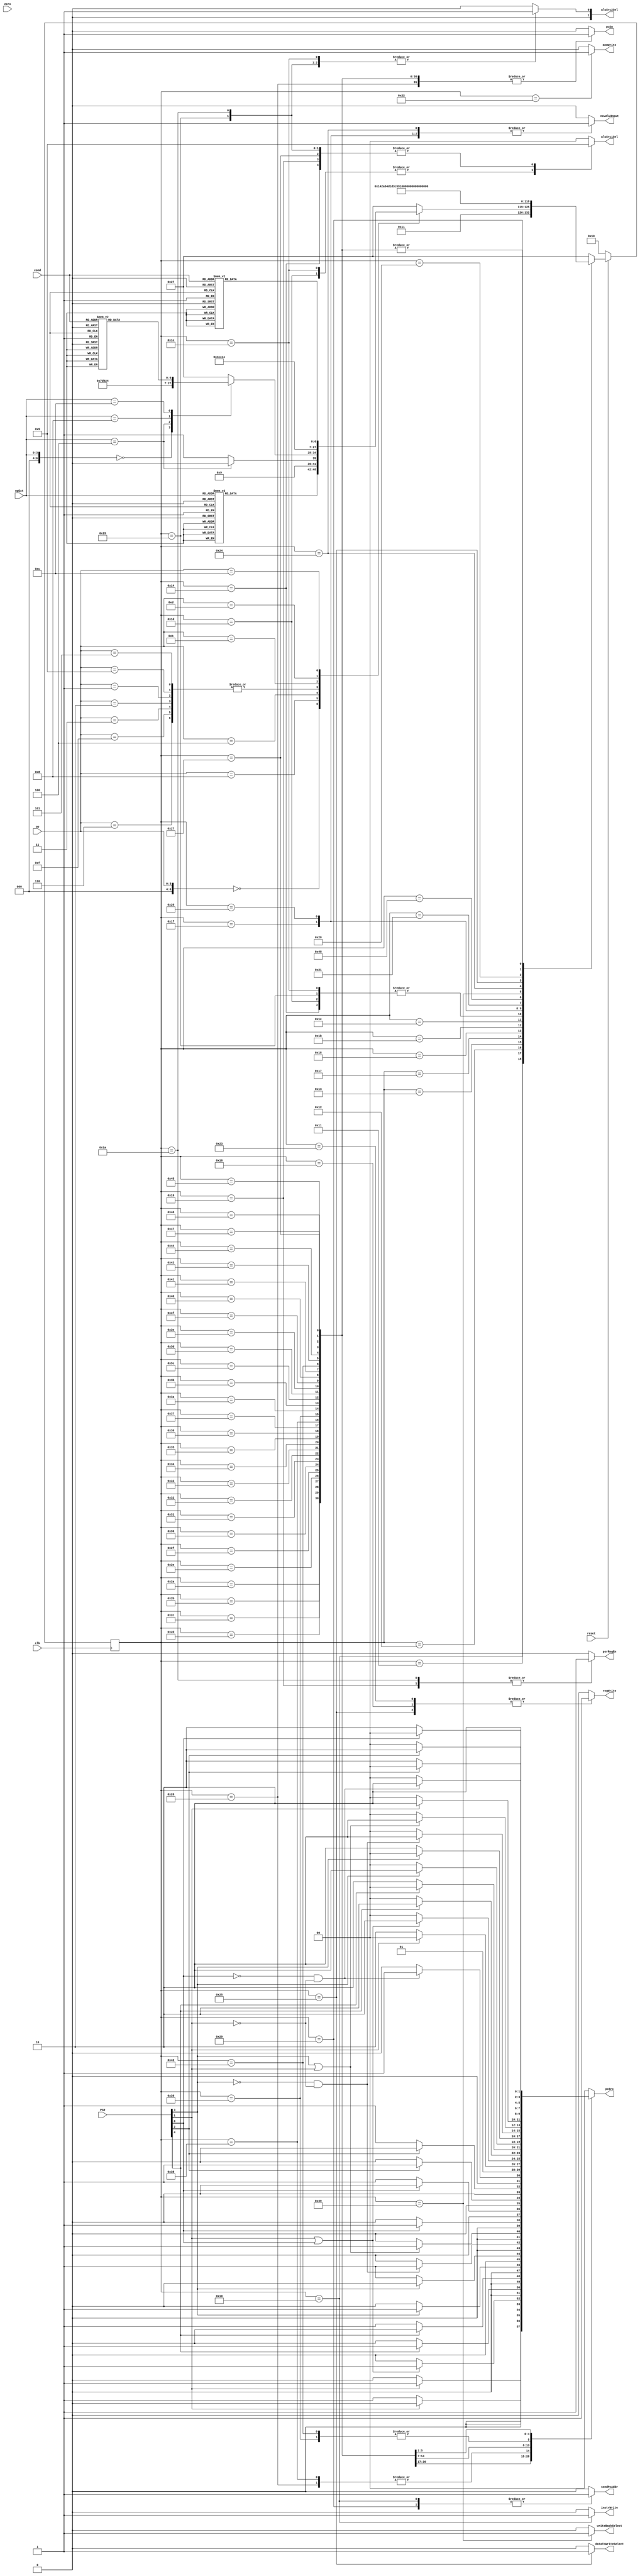
module controller (input clk, reset, zero,
                   input [3:0] op, opExt, cond,
                   input [7:0] PSR,
                   output reg memWrite, 
                   output pcEn,
                   output reg writeBackSelect, dataToWriteSelect, newAluInput, psrRegEn, sendPcAddr,
                   output reg regWrite, instrWrite,
                   output reg [1:0] aluSrc1Sel, aluSrc2Sel, pcSrc);

    // Every state that begins with a 001/010/011/100 is for internal use
    // States beginning with 00 are associated with their corresponding encodings
    // E.G. 010010 is just a random variable assigned to basic loading instructions
    // however 000010 corresponds to the ori instruction
    wire [6:0] op5Bit, opExt5Bit;
    assign op5Bit    = {3'b0,op};
    assign opExt5Bit = {3'b0,opExt};

    // state names
    parameter FETCH           = 7'b0010000;
    parameter DECODE          = 7'b0010001;
    parameter BASIC_LOAD_REGS = 7'b0010010; // basic refers to non-immediate add, sub, and, or, xor
    parameter IMM_LOAD_REGS   = 7'b0010011; // this corresponds to the immediate versions of the basic instrs
    parameter BASIC_ALU_EX    = 7'b0010100;
    parameter IMM_ALU_EX      = 7'b0010101;
    parameter WRITEBACK       = 7'b0010110;
    parameter CMP_LOAD_REG    = 7'b0010111;
    parameter CMPI_LOAD_REG   = 7'b0011000;
    parameter CMP_ALU_EX      = 7'b0011001;
    parameter CMPI_ALU_EX     = 7'b0011010;
    parameter MOV_LOAD_REG    = 7'b0011011;
    parameter MOVI_LOAD_REG   = 7'b0011100;
    parameter MOV_ALU_EX      = 7'b0011101;
    parameter MOVI_ALU_EX     = 7'b0011110;
    parameter LOAD_REG        = 7'b0011111;
    parameter STOR_REG        = 7'b0100000;
    parameter MEM_READ        = 7'b0100001;
    parameter MEM_WRITE       = 7'b0100010;
    parameter LOAD_WB         = 7'b0100011;
    parameter JAL_REG         = 7'b0100100;
    parameter JAL_STORE_PC    = 7'b0100101;
    parameter JAL_NEW_PC      = 7'b0100110;
    parameter PC_INCR         = 7'b0100111;
    parameter PC_INCR2        = 7'b0101000;
    parameter PC_INCR3        = 7'b0101001;
    parameter MEM_READ2       = 7'b1001000;
    parameter MEM_READ3       = 7'b1001001;

    parameter JCOND_EQ = 7'b0101010;
    parameter JCOND_NE = 7'b0101011;
    parameter JCOND_GE = 7'b0101100;
    parameter JCOND_CS = 7'b0101101;
    parameter JCOND_CC = 7'b0101110;
    parameter JCOND_HI = 7'b0101111;
    parameter JCOND_LS = 7'b0110000;
    parameter JCOND_LO = 7'b0110001;
    parameter JCOND_HS = 7'b0110010;
    parameter JCOND_GT = 7'b0110011;
    parameter JCOND_LE = 7'b0110100;
    parameter JCOND_FS = 7'b0110101;
    parameter JCOND_FC = 7'b0110110;
    parameter JCOND_LT = 7'b0110111;
    parameter JCOND_UC = 7'b0111000;

    parameter BCOND_EQ = 7'b0111001;
    parameter BCOND_NE = 7'b0111010;
    parameter BCOND_GE = 7'b0111011;
    parameter BCOND_CS = 7'b0111100;
    parameter BCOND_CC = 7'b0111101;
    parameter BCOND_HI = 7'b0111110;
    parameter BCOND_LS = 7'b0111111;
    parameter BCOND_LO = 7'b1000000;
    parameter BCOND_HS = 7'b1000001;
    parameter BCOND_GT = 7'b1000010;
    parameter BCOND_LE = 7'b1000011;
    parameter BCOND_FS = 7'b1000100;
    parameter BCOND_FC = 7'b1000101;
    parameter BCOND_LT = 7'b1000110;
    parameter BCOND_UC = 7'b1000111;

    // instructions with immediates (no opExt)
    parameter ADDI  = 7'b0000101;
    parameter SUBI  = 7'b0001001;
    parameter CMPI  = 7'b0001011;
    parameter ANDI  = 7'b0000001;
    parameter ORI   = 7'b0000010;
    parameter XORI  = 7'b0000011;
    parameter MOVI  = 7'b0001101;
    parameter LUI   = 7'b0001111;
    parameter Bcond = 7'b0001100; // see cond values
    parameter MODI  = 7'b0000110;

    parameter SIMPLE_NON_IMM = 7'b0;
    // op exts for op code = 0000
    parameter ADD  = 7'b0000101;
    parameter MUL  = 7'b0001110;
    parameter SUB  = 7'b0001001;
    parameter CMP  = 7'b0001011;
    parameter AND  = 7'b0000001;
    parameter OR   = 7'b0000010;
    parameter XOR  = 7'b0000011;
    parameter MOV  = 7'b0001101;

    parameter LSH_INSTRS = 7'b0001000; // if opExt is 0100 then LSH otherwise it is LSHI

    parameter MEM_INSTRS = 7'b0000100;
    // op exts for op code = 0100
    parameter LOAD  = 7'b0000000;
    parameter STOR  = 7'b0000100;
    parameter JAL   = 7'b0001000;
    parameter Jcond = 7'b0001100; // see cond values

    // Bcond/Jcond "cond" codes
    parameter EQ = 4'b0000;
    parameter NE = 4'b0001;
    parameter GE = 4'b1101;
    parameter CS = 4'b0010;
    parameter CC = 4'b0011;
    parameter HI = 4'b0100;
    parameter LS = 4'b0101;
    parameter LO = 4'b1010;
    parameter HS = 4'b1011;
    parameter GT = 4'b0110;
    parameter LE = 4'b0111;
    parameter FS = 4'b1000;
    parameter FC = 4'b1001;
    parameter LT = 4'b1100;
    parameter UC = 4'b1110;
    // default for 001111: never jump (continue to next instr?)

    reg [6:0] nextState, state;
    reg       pcWrite, pcWriteCond;
    
    always @(posedge clk)
        if (~reset) state <= FETCH;
        else state <= nextState;
    
    always @(*) begin
        case(state)
            FETCH:  nextState <= DECODE;
            DECODE: case(op5Bit)
                        SIMPLE_NON_IMM:
                            case(opExt5Bit)
                                ADD, SUB, AND, OR, XOR, MUL: nextState <= BASIC_LOAD_REGS; // load regs, alu, writeback
                                CMP: nextState <= CMP_LOAD_REG;// load regs, sub (set flags)
                                MOV: nextState <= MOV_LOAD_REG;// load src, add 0, write to dest
                                default: nextState <= PC_INCR;
                            endcase
                        LSH_INSTRS:
                            if (opExt5Bit == 5'b00100) nextState <= BASIC_LOAD_REGS; // LSH - load regs, alu shift, writeback
                            else nextState <= IMM_LOAD_REGS; // LSHI - load reg, alu shift by imm, writeback
                        MEM_INSTRS:
                            case(opExt5Bit)
                                LOAD: nextState <= LOAD_REG; // load reg w/ addr, read mem, select mux to writeback
                                STOR: nextState <= STOR_REG; // load data to write, write to mem, ???writeback???
                                JAL:  nextState <= JAL_REG; // load addr from reg, set as next addr for pc, write next instr to reg
                                Jcond: // absolute 
                                    case(cond)
                                        EQ: nextState <= JCOND_EQ;
                                        NE: nextState <= JCOND_NE;
                                        GE: nextState <= JCOND_GE;
                                        CS: nextState <= JCOND_CS;
                                        CC: nextState <= JCOND_CC;
                                        HI: nextState <= JCOND_HI;
                                        LS: nextState <= JCOND_LS;
                                        LO: nextState <= JCOND_LO;
                                        HS: nextState <= JCOND_HS;
                                        GT: nextState <= JCOND_GT;
                                        LE: nextState <= JCOND_LE;
                                        FS: nextState <= JCOND_FS;
                                        FC: nextState <= JCOND_FC;
                                        LT: nextState <= JCOND_LT;
                                        UC: nextState <= JCOND_UC;
                                        default: nextState <= PC_INCR; // never jump, just fetch next inst?
                                    endcase
                                default: nextState <= PC_INCR;
                            endcase
                        ADDI, SUBI, ANDI, ORI, XORI, LUI, MODI: nextState <= IMM_LOAD_REGS; // load reg, alu, writeback
                        CMPI: nextState <= CMPI_LOAD_REG;// load reg, sub (set flags)
                        MOVI: nextState <= MOVI_LOAD_REG;// add imm + 0, write to dest
                        Bcond: // relative
                            case(cond)
                                EQ: nextState <= BCOND_EQ;
                                NE: nextState <= BCOND_NE;
                                GE: nextState <= BCOND_GE;
                                CS: nextState <= BCOND_CS;
                                CC: nextState <= BCOND_CC;
                                HI: nextState <= BCOND_HI;
                                LS: nextState <= BCOND_LS;
                                LO: nextState <= BCOND_LO;
                                HS: nextState <= BCOND_HS;
                                GT: nextState <= BCOND_GT;
                                LE: nextState <= BCOND_LE;
                                FS: nextState <= BCOND_FS;
                                FC: nextState <= BCOND_FC;
                                LT: nextState <= BCOND_LT;
                                UC: nextState <= BCOND_UC;
                                default: nextState <= PC_INCR; // never jump, just fetch next inst?
                            endcase
                        default: nextState <= PC_INCR;
                    endcase
            BASIC_LOAD_REGS: nextState <= BASIC_ALU_EX;
            IMM_LOAD_REGS:   nextState <= IMM_ALU_EX;
            BASIC_ALU_EX:    nextState <= WRITEBACK;
            IMM_ALU_EX:      nextState <= WRITEBACK;
            WRITEBACK:       nextState <= PC_INCR;
            CMP_LOAD_REG:    nextState <= CMP_ALU_EX;
            CMPI_LOAD_REG:   nextState <= CMPI_ALU_EX;
            CMP_ALU_EX:      nextState <= PC_INCR;
            CMPI_ALU_EX:     nextState <= PC_INCR;
            MOV_LOAD_REG:    nextState <= MOV_ALU_EX;
            MOVI_LOAD_REG:   nextState <= MOVI_ALU_EX;
            MOV_ALU_EX:      nextState <= WRITEBACK;
            MOVI_ALU_EX:     nextState <= WRITEBACK;
            LOAD_REG:        nextState <= MEM_READ;
            STOR_REG:        nextState <= MEM_WRITE;
            MEM_READ:        nextState <= MEM_READ2;
            MEM_WRITE:       nextState <= PC_INCR;
            MEM_READ2:       nextState <= MEM_READ3;
            MEM_READ3:       nextState <= LOAD_WB;
            LOAD_WB:         nextState <= PC_INCR;
            JAL_REG:         nextState <= JAL_STORE_PC;
            JAL_STORE_PC:    nextState <= JAL_NEW_PC;
            JAL_NEW_PC:      nextState <= PC_INCR;
            PC_INCR:         nextState <= PC_INCR2;
            PC_INCR2:        nextState <= PC_INCR3;
            PC_INCR3:        nextState <= FETCH;
            JCOND_EQ, JCOND_NE, JCOND_GE, JCOND_CS, JCOND_CC, JCOND_HI, JCOND_LS, JCOND_LO, JCOND_HS, JCOND_GT, JCOND_LE, JCOND_FS, JCOND_FC, JCOND_LT, JCOND_UC: nextState <= PC_INCR2;
            BCOND_EQ, BCOND_NE, BCOND_GE, BCOND_CS, BCOND_CC, BCOND_HI, BCOND_LS, BCOND_LO, BCOND_HS, BCOND_GT, BCOND_LE, BCOND_FS, BCOND_FC, BCOND_LT, BCOND_UC: nextState <= PC_INCR2;
            default:         nextState <= PC_INCR;
        endcase
    end

    always @(*) begin
        sendPcAddr <= 0;
        pcSrc <= 2'b00; pcWriteCond <= 0; pcWrite <= 0;
        instrWrite <= 0;
        newAluInput <= 0; psrRegEn <= 0;
        aluSrc1Sel <= 2'b00; aluSrc2Sel <= 2'b00;
        writeBackSelect <= 0; dataToWriteSelect <= 0;
        memWrite <= 0; regWrite <= 0;
        case(state)
            FETCH:
                begin
                    $display("FETCH");
                    instrWrite <= 1;
                    sendPcAddr <= 1;
                end
            DECODE:
                begin
                    $display("DECODE");
                    // nothing to do?
                end
            BASIC_LOAD_REGS:
                begin
                    $display("BASIC_LOAD_REGS");
                    newAluInput <= 1;
                end
            IMM_LOAD_REGS:
                begin
                    $display("IMM_LOAD_REGS");
                    newAluInput <= 1;
                end
            BASIC_ALU_EX:
                begin
                    $display("BASIC_ALU_EX");
                    aluSrc1Sel <= 2'b01;
                end
            IMM_ALU_EX:
                begin
                    $display("IMM_ALU_EX");
                    aluSrc1Sel <= 2'b01;
                    aluSrc2Sel <= 2'b01;
                end
            WRITEBACK:
                begin
                    $display("WRITEBACK");
                    regWrite <= 1;
                end
            CMP_LOAD_REG:
                begin
                    $display("CMP_LOAD_REG");
                    newAluInput <= 1;
                end
            CMPI_LOAD_REG:
                begin
                    $display("CMPI_LOAD_REG");
                    newAluInput <= 1;
                end
            CMP_ALU_EX:
                begin
                    $display("CMP_ALU_EX");
                    aluSrc1Sel <= 2'b01;
                    psrRegEn <= 1;
                end
            CMPI_ALU_EX:
                begin
                    $display("CMPI_ALU_EX");
                    aluSrc1Sel <= 2'b01;
                    aluSrc2Sel <= 2'b01;
                    psrRegEn <= 1;
                end
            MOV_LOAD_REG:
                begin
                    $display("MOV_LOAD_REG");
                    newAluInput <= 1;
                end
            MOVI_LOAD_REG:
                begin
                    $display("MOVI_LOAD_REG");
                    newAluInput <= 1;
                end
            MOV_ALU_EX:
                begin
                    $display("MOV_ALU_EX");
                    aluSrc1Sel <= 2'b10;
                end
            MOVI_ALU_EX: // should flags be set or not
                begin
                    $display("MOVI_ALU_EX");
                    aluSrc1Sel <= 2'b10;
                    aluSrc2Sel <= 2'b01;
                end
            LOAD_REG:
                begin
                    $display("LOAD_REG");
                    newAluInput <= 1;
                end
            STOR_REG:
                begin
                    $display("STOR_REG");
                    newAluInput <= 1;
                end
            MEM_READ:
                begin
                    $display("MEM_READ");
                    // nothing to do?
                end
            MEM_READ2:
                begin
                    $display("MEM_READ2");
                    // nothing to do?
                end
            MEM_READ3:
                begin
                    $display("MEM_READ3");
                    writeBackSelect <= 1;
                end
            MEM_WRITE:
                begin
                    $display("MEM_WRITE");
                    memWrite <= 1;
                end
            LOAD_WB:
                begin
                    $display("LOAD_WB");
                    regWrite <= 1;
                end
            JAL_REG:
                begin
                    $display("JAL_REG");
                    newAluInput <= 1;
                end
            JAL_STORE_PC:
                begin
                    $display("JAL_STORE_PC");
                    dataToWriteSelect <= 1;
                    regWrite <= 1;
                end
            JAL_NEW_PC:
                begin
                    $display("JAL_NEW_PC");
                    pcSrc <= 2'b01;
                    pcWrite <= 1;
                end
            PC_INCR:
                begin
                    $display("PC_INCR");
                    pcWrite <= 1;
                    aluSrc1Sel <= 2'b01;
                end
            PC_INCR2:
                begin
                    $display("PC_INCR2"); // need to kill cycles
                end
            PC_INCR3:
                begin
                    $display("PC_INCR3"); // kill cycle
                    sendPcAddr <= 1;
                end
            JCOND_EQ:
                begin
                    $display("JCOND_EQ");
                    if (PSR[1] == 1) pcSrc <= 2'b01;
                    else pcSrc <= 2'b0;
                    pcWrite <= 1;
                end
            JCOND_NE:
                begin
                    $display("JCOND_NE");
                    if (PSR[1] == 0) pcSrc <= 2'b01;
                    else pcSrc <= 2'b0;
                    pcWrite <= 1;
                end
            JCOND_GE:
                begin
                    $display("JCOND_GE");
                    if (PSR[1] == 1 || PSR[0] == 1) pcSrc <= 2'b01;
                    else pcSrc <= 2'b0;
                    pcWrite <= 1;
                end
            JCOND_CS:
                begin
                    $display("JCOND_CS");
                    if (PSR[4] == 1) pcSrc <= 2'b01;
                    else pcSrc <= 2'b0;
                    pcWrite <= 1;
                end
            JCOND_CC:
                begin
                    $display("JCOND_CC");
                    if (PSR[4] == 0) pcSrc <= 2'b01;
                    else pcSrc <= 2'b0;
                    pcWrite <= 1;
                end
            JCOND_HI:
                begin
                    $display("JCOND_HI");
                    if (PSR[3] == 1) pcSrc <= 2'b01;
                    else pcSrc <= 2'b0;
                    pcWrite <= 1;
                end
            JCOND_LS:
                begin
                    $display("JCOND_LS");
                    if (PSR[3] == 0) pcSrc <= 2'b01;
                    else pcSrc <= 2'b0;
                    pcWrite <= 1;
                end
            JCOND_LO:
                begin
                    $display("JCOND_LO");
                    if (PSR[3] == 0 && PSR[1] == 0) pcSrc <= 2'b01;
                    else pcSrc <= 2'b0;
                    pcWrite <= 1;
                end
            JCOND_HS:
                begin
                    $display("JCOND_HS");
                    if (PSR[3] == 1 || PSR[1] == 1) pcSrc <= 2'b01;
                    else pcSrc <= 2'b0;
                    pcWrite <= 1;
                end
            JCOND_GT:
                begin
                    $display("JCOND_GT");
                    if (PSR[0] == 1) pcSrc <= 2'b01;
                    else pcSrc <= 2'b0;
                    pcWrite <= 1;
                end
            JCOND_LE:
                begin
                    $display("JCOND_LE");
                    if (PSR[0] == 0) pcSrc <= 2'b01;
                    else pcSrc <= 2'b0;
                    pcWrite <= 1;
                end
            JCOND_FS:
                begin
                    $display("JCOND_FS");
                    if (PSR[2] == 1) pcSrc <= 2'b01;
                    else pcSrc <= 2'b0;
                    pcWrite <= 1;
                end
            JCOND_FC:
                begin
                    $display("JCOND_FC");
                    if (PSR[2] == 0) pcSrc <= 2'b01;
                    else pcSrc <= 2'b0;
                    pcWrite <= 1;
                end
            JCOND_LT:
                begin
                    $display("JCOND_LT");
                    if (PSR[0] == 0 && PSR[1] == 0) pcSrc <= 2'b01;
                    else pcSrc <= 2'b0;
                    pcWrite <= 1;
                end
            JCOND_UC:
                begin
                    $display("JCOND_UC");
                    pcSrc <= 2'b01;
                    pcWrite <= 1;
                end
            BCOND_EQ:
                begin
                    $display("BCOND_EQ");
                    if (PSR[1] == 1) pcSrc <= 2'b10;
                    else pcSrc <= 2'b0;
                    pcWrite <= 1;
                end
            BCOND_NE:
                begin
                    $display("BCOND_NE");
                    if (PSR[1] == 0) pcSrc <= 2'b10;
                    else pcSrc <= 2'b0;
                    pcWrite <= 1;
                end
            BCOND_GE:
                begin
                    $display("BCOND_GE");
                    if (PSR[1] == 1 || PSR[0] == 1) pcSrc <= 2'b10;
                    else pcSrc <= 2'b0;
                    pcWrite <= 1;
                end
            BCOND_CS:
                begin
                    $display("BCOND_CS");
                    if (PSR[4] == 1) pcSrc <= 2'b10;
                    else pcSrc <= 2'b0;
                    pcWrite <= 1;
                end
            BCOND_CC:
                begin
                    $display("BCOND_CC");
                    if (PSR[4] == 0) pcSrc <= 2'b10;
                    else pcSrc <= 2'b0;
                    pcWrite <= 1;
                end
            BCOND_HI:
                begin
                    $display("BCOND_HI");
                    if (PSR[3] == 1) pcSrc <= 2'b10;
                    else pcSrc <= 2'b0;
                    pcWrite <= 1;
                end
            BCOND_LS:
                begin
                    $display("BCOND_LS");
                    if (PSR[3] == 0) pcSrc <= 2'b10;
                    else pcSrc <= 2'b0;
                    pcWrite <= 1;
                end
            BCOND_LO:
                begin
                    $display("BCOND_LO");
                    if (PSR[3] == 0 && PSR[1] == 0) pcSrc <= 2'b10;
                    else pcSrc <= 2'b0;
                    pcWrite <= 1;
                end
            BCOND_HS:
                begin
                    $display("BCOND_HS");
                    if (PSR[3] == 1 || PSR[1] == 1) pcSrc <= 2'b10;
                    else pcSrc <= 2'b0;
                    pcWrite <= 1;
                end
            BCOND_GT:
                begin
                    $display("BCOND_GT");
                    if (PSR[1] == 1) pcSrc <= 2'b10;
                    else pcSrc <= 2'b0;
                    pcWrite <= 1;
                end
            BCOND_LE:
                begin
                    $display("BCOND_LE");
                    if (PSR[0] == 0) pcSrc <= 2'b10;
                    else pcSrc <= 2'b0;
                    pcWrite <= 1;
                end
            BCOND_FS:
                begin
                    $display("BCOND_FS");
                    if (PSR[2] == 1) pcSrc <= 2'b10;
                    else pcSrc <= 2'b0;
                    pcWrite <= 1;
                end
            BCOND_FC:
                begin
                    $display("BCOND_FC");
                    if (PSR[2] == 0) pcSrc <= 2'b10;
                    else pcSrc <= 2'b0;
                    pcWrite <= 1;
                end
            BCOND_LT:
                begin
                    $display("BCOND_LT");
                    if (PSR[0] == 0 && PSR[1] == 0) pcSrc <= 2'b10;
                    else pcSrc <= 2'b0;
                    pcWrite <= 1;
                end
            BCOND_UC:
                begin
                    $display("BCOND_UC");
                    pcSrc <= 2'b10;
                    pcWrite <= 1;
                end
            default:
                begin
                    $display("DEFAULT");
                end
        endcase
    end
    assign pcEn = pcWrite | (pcWriteCond & zero);
endmodule